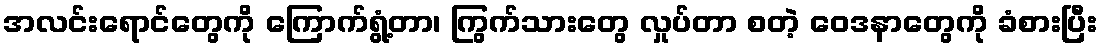
အလင်းရောင်တွေကို ကြောက်ရွံ့တာ၊ ကြွက်သားတွေ လှုပ်တာ စတဲ့ ဝေဒနာတွေကို ခံစားပြီး